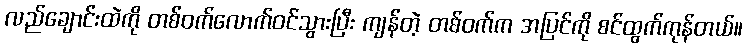
လည်ချောင်းထဲကို တစ်ဝက်လောက်ဝင်သွားပြီး ကျန်တဲ့ တစ်ဝက်က အပြင်ကို စင်ထွက်ကုန်တယ်။